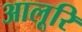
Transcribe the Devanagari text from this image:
आलूरि